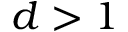
d > 1